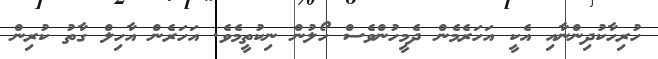
ހުރިހާކުދިންނާއި އެކީ އަހަރެމެން ދެމީހުންވެސް ހޯލުން ނިކުތީމެވެ. އަހަރެން އާހިލް ގާތު ކުރިން